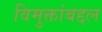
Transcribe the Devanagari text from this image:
विमुक्तांबद्दल